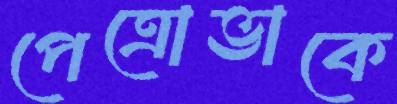
পেত্রোভাকে